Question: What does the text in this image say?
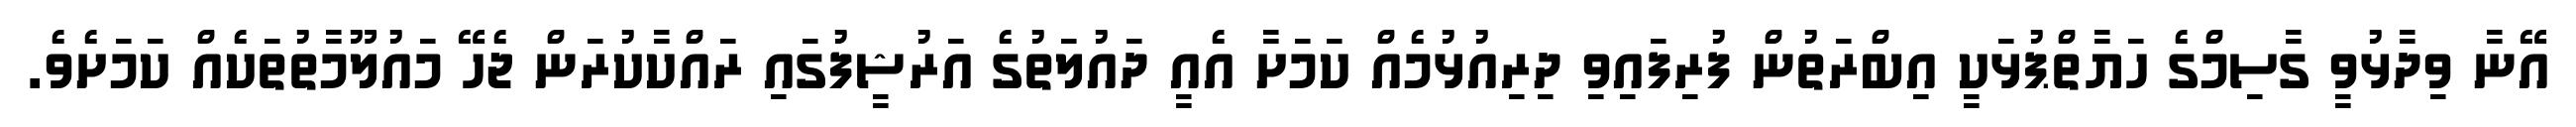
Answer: އޭނާ ވިދާޅުވީ ގާސިމްގެ ހަޔާތްޕުޅަކީ އިބްރަތުން ފުރިފައިވި ދިރިއުޅުމެއް ކަމަށާ އެއީ ދައުލަތުގެ އަރުޝީފުގައި ރައްކާކުރަން ޖެހޭ މައުލޫމާތުތަކެއް ކަމަށެވެ.